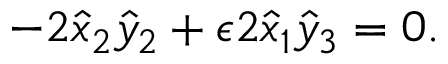
- 2 \hat { x } _ { 2 } \hat { y } _ { 2 } + \epsilon 2 \hat { x } _ { 1 } \hat { y } _ { 3 } = 0 .